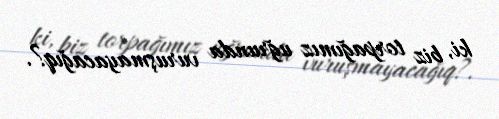
ki, biz torpağımız uğrunda vuruşmayacağıq?.